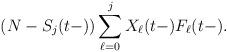
LaTeX: \begin{align*}(N - S_j(t-)) \sum_{\ell = 0}^j X_{\ell}(t-)F_{\ell}(t-).\end{align*}